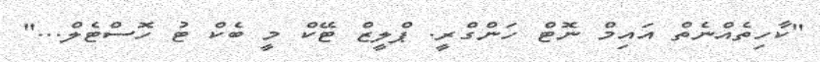
"ކާހިތެއްނެތް އައިމް ނޮޓް ހަންގްރީ. ޕްލީޒް ޓޭކް މީ ބެކް ޓު ހޮސްޓެލް..."